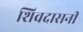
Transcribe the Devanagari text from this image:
शिवदासनी